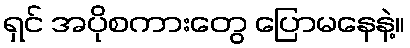
ရှင် အပိုစကားတွေ ပြောမနေနဲ့။